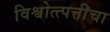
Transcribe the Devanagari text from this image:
विश्वोत्त्पत्तीचा